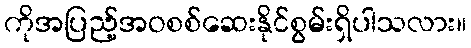
ကိုအပြည့်အဝစစ်ဆေးနိုင်စွမ်းရှိပါသလား။